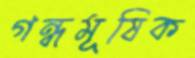
গন্ধমূষিক